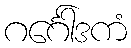
ဂင်္ဂေါဒကံ